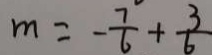
m = - \frac { 7 } { 6 } + \frac { 3 } { 6 }